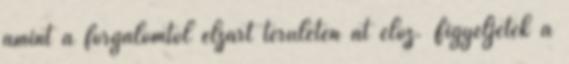
amint a forgalomtól elzárt területen át előz. Figyeljetek a